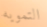
التمويه